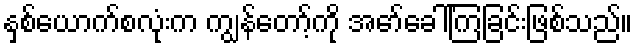
နှစ်ယောက်စလုံးက ကျွန်တော့်ကို အော်ခေါ်ကြခြင်းဖြစ်သည်။